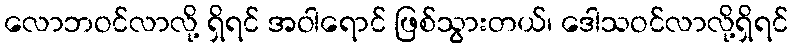
လောဘဝင်လာလို့ ရှိရင် အဝါရောင် ဖြစ်သွားတယ်၊ ဒေါသဝင်လာလို့ရှိရင်